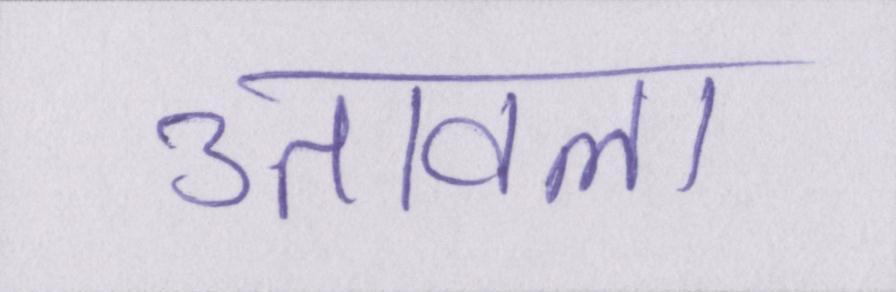
उतावला